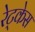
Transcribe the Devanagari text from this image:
रेट्केस